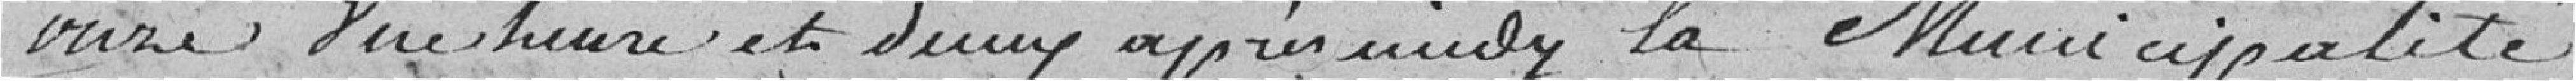
onze à une heure et demy après midy la Municipalité